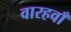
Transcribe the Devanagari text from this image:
वारहवाँ